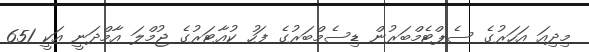
މިދިއަ އަހަރުގެ ސެޕްޓެމްބަރުން ޑިސެމްބަރުގެ ފަހު ކުއާޓަރުގެ ޖުމްލަ އާމްދަނީ އަކީ 651